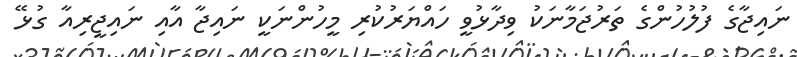
ނައިޖާގެ ފުލުހުންގެ ތަރުޖަމާނަކު ވިދާޅުވީ ހައްޔަރުކުރި މީހުންނަކީ ނައިޖާ އާއި ނައިޖީރިއާ ގުޅޭ